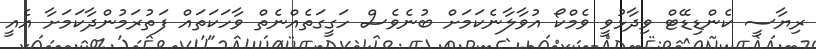
ރިޔާސީ ކެންޑިޑޭޓް ވިދާޅުވީ ވެމްކޯ އުވާލާނެކަމަށް ބުނެވެސް ހަގީގަތެއްނެތް ވާހަކަތައް ފަތުރަަމުންދާކަމަށާ އެއީ